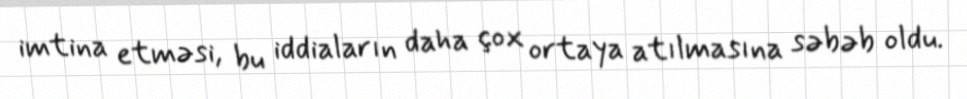
imtina etməsi, bu iddiaların daha çox ortaya atılmasına səbəb oldu.